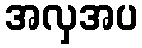
အလှအပ